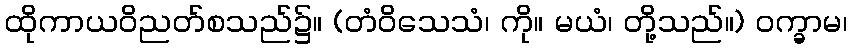
ထိုကာယဝိညတ်စသည်၌။ (တံဝိသေသံ၊ ကို။ မယံ၊ တို့သည်။) ဝက္ခာမ၊